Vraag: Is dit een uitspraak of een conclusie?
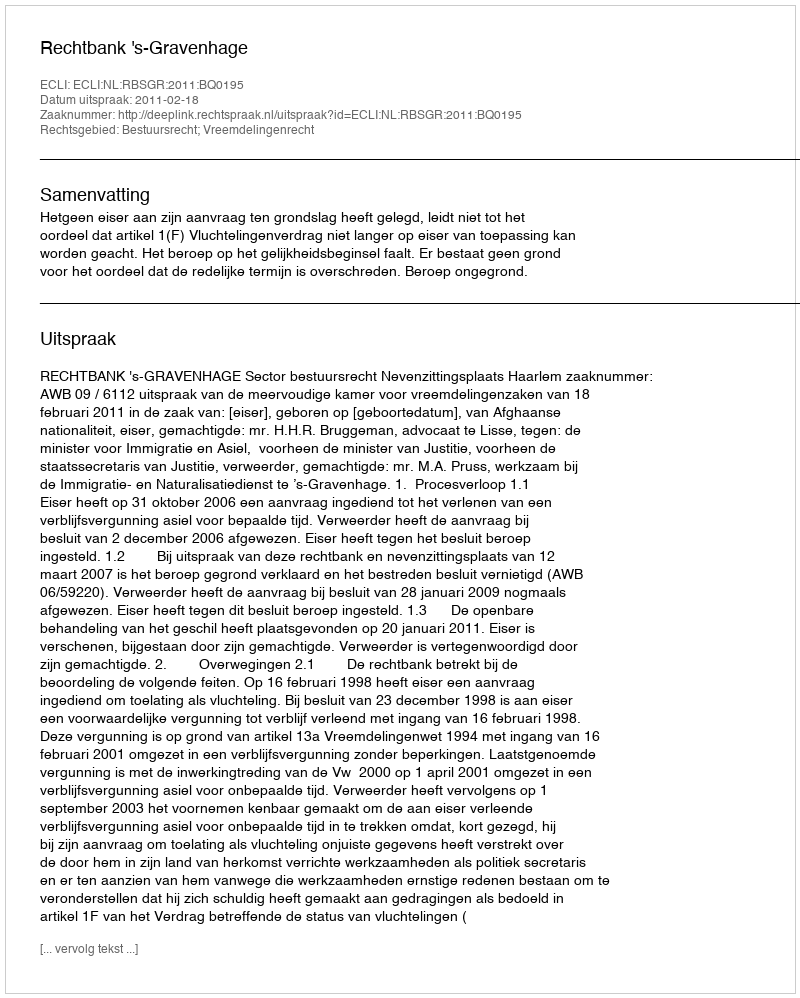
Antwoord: Uitspraak